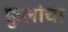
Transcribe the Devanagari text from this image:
फ़ुलांचा